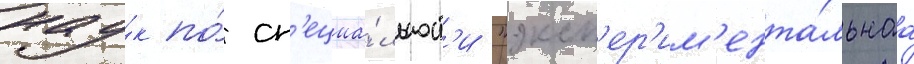
нау́к по́ сп'ециа́льност'и "эксп'ер'им'ента́льнаа